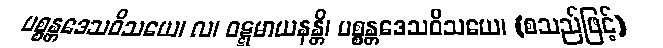
ပစ္စန္တဒေသဝိသယေ၊ လ၊ ဝဋ္ဋမာယနန္တိ၊ ပစ္စန္တဒေသဝိသယေ၊ (စသည်ဖြင့်)